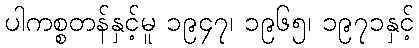
ပါကစ္စတန်နှင့်မူ ၁၉၄၇၊ ၁၉၆၅၊ ၁၉၇၁နှင့်